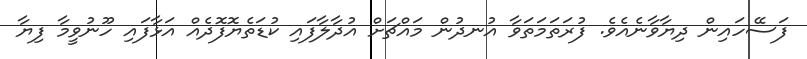
ފަސޭހައިން ދިޔާވާނެއެވެ. ފުރަތަމަތަވާ އުނދުން މައްޗަށް އުދާލާފައި ކުޑަތެޔޮފޮދެއް އަޅާފައި ހޫނުވީމާ ފިޔާ